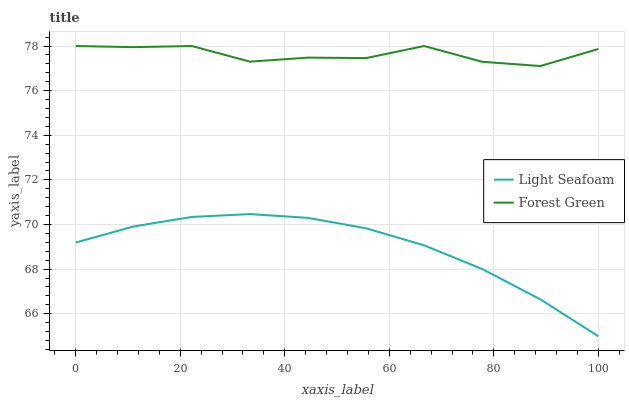
| xaxis_label | Light Seafoam | Forest Green |
 | --- | --- | --- |
 | 0 | 69.2 | 78 |
 | 11.1 | 69.9 | 77.9 |
 | 22.2 | 70.3 | 78 |
 | 33.3 | 70.5 | 77.3 |
 | 44.4 | 70.3 | 77.5 |
 | 55.6 | 69.8 | 77.5 |
 | 66.7 | 69.1 | 78 |
 | 77.8 | 68 | 77.3 |
 | 88.9 | 66.6 | 77.1 |
 | 100 | 65 | 77.9 |